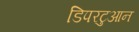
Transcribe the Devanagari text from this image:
डिपरटुआन